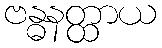
ဗန္ဓနတ္ထာယ